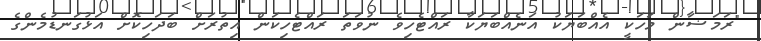
"ރަމަޟާން މަހަކީ އެއްބަޔަކު އަނެއްބަޔަކާ ރައްޓެހިވެ ނުވަތަ ރައްޓެހިކަން އިތުރަށް ބަދަހިކޮށް އަޅުގަނޑުމެންގެ